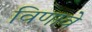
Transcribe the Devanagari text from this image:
विणावे